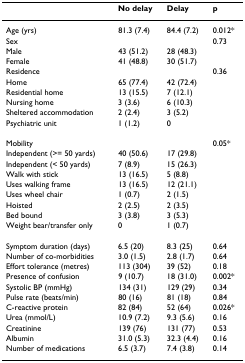
<table><thead><tr><td></td><td><b>No delay</b></td><td><b>Delay</b></td><td><b>p</b></td></tr></thead><tbody><tr><td>Age (yrs)</td><td>81.3 (7.4)</td><td>84.4 (7.2)</td><td>0.012*</td></tr><tr><td>Sex</td><td></td><td></td><td>0.73</td></tr><tr><td>Male</td><td>43 (51.2)</td><td>28 (48.3)</td><td></td></tr><tr><td>Female</td><td>41 (48.8)</td><td>30 (51.7)</td><td></td></tr><tr><td>Residence</td><td></td><td></td><td>0.36</td></tr><tr><td>Home</td><td>65 (77.4)</td><td>42 (72.4)</td><td></td></tr><tr><td>Residential home</td><td>13 (15.5)</td><td>7 (12.1)</td><td></td></tr><tr><td>Nursing home</td><td>3 (3.6)</td><td>6 (10.3)</td><td></td></tr><tr><td>Sheltered accommodation</td><td>2 (2.4)</td><td>3 (5.2)</td><td></td></tr><tr><td>Psychiatric unit</td><td>1 (1.2)</td><td>0</td><td></td></tr><tr><td>Mobility</td><td></td><td></td><td>0.05*</td></tr><tr><td>Independent (&gt;= 50 yards)</td><td>40 (50.6)</td><td>17 (29.8)</td><td></td></tr><tr><td>Independent (&lt; 50 yards)</td><td>7 (8.9)</td><td>15 (26.3)</td><td></td></tr><tr><td>Walk with stick</td><td>13 (16.5)</td><td>5 (8.8)</td><td></td></tr><tr><td>Uses walking frame</td><td>13 (16.5)</td><td>12 (21.1)</td><td></td></tr><tr><td>Uses wheel chair</td><td>1 (0.7)</td><td>2 (1.5)</td><td></td></tr><tr><td>Hoisted</td><td>2 (2.5)</td><td>2 (3.5)</td><td></td></tr><tr><td>Bed bound</td><td>3 (3.8)</td><td>3 (5.3)</td><td></td></tr><tr><td>Weight bear/transfer only</td><td>0</td><td>1 (0.7)</td><td></td></tr><tr><td>Symptom duration (days)</td><td>6.5 (20)</td><td>8.3 (25)</td><td>0.64</td></tr><tr><td>Number of co-morbidities</td><td>3.0 (1.5)</td><td>2.8 (1.7)</td><td>0.64</td></tr><tr><td>Effort tolerance (metres)</td><td>113 (304)</td><td>39 (52)</td><td>0.18</td></tr><tr><td>Presence of confusion</td><td>9 (10.7)</td><td>18 (31.0)</td><td>0.002*</td></tr><tr><td>Systolic BP (mmHg)</td><td>134 (31)</td><td>129 (29)</td><td>0.34</td></tr><tr><td>Pulse rate (beats/min)</td><td>80 (16)</td><td>81 (18)</td><td>0.84</td></tr><tr><td>C-reactive protein</td><td>82 (84)</td><td>52 (64)</td><td>0.026*</td></tr><tr><td>Urea (mmol/L)</td><td>10.9 (7.2)</td><td>9.3 (5.6)</td><td>0.16</td></tr><tr><td>Creatinine</td><td>139 (76)</td><td>131 (77)</td><td>0.53</td></tr><tr><td>Albumin</td><td>31.0 (5.3)</td><td>32.3 (4.4)</td><td>0.16</td></tr><tr><td>Number of medications</td><td>6.5 (3.7)</td><td>7.4 (3.8)</td><td>0.14</td></tr></tbody></table>